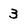
Character: 3